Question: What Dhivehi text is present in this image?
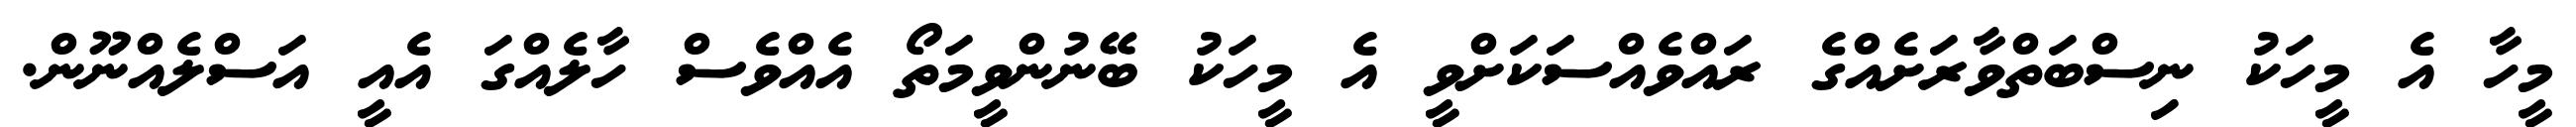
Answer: މީހާ އެ މީހަކު ނިސްބަތްވާރަށެއްގެ ރައްވެއްސަކަށްވީ އެ މީހަކު ބޭނުންވީމަތޯ އެއްވެސް ހާލެއްގަ އެއީ އަސްލެއްނޫން.